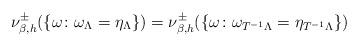
LaTeX: \begin{align*}\nu_{\beta,h}^{\pm}(\{ \omega \colon \omega_{\Lambda} = \eta_{\Lambda}\})= \nu_{\beta,h}^{\pm}(\{ \omega \colon \omega_{T^{-1}\Lambda} = \eta_{T^{-1}\Lambda}\})\end{align*}